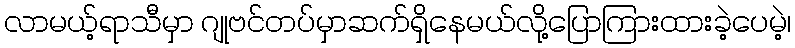
လာမယ့်ရာသီမှာ ဂျုဗင်တပ်မှာဆက်ရှိနေမယ်လို့ပြောကြားထားခဲ့ပေမဲ့၊